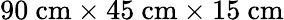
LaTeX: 90~\mathrm{cm}\times 45~\mathrm{cm}\times 15~\mathrm{cm}